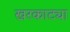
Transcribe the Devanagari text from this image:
खरकाट्या